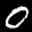
Label: 0